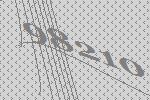
98210